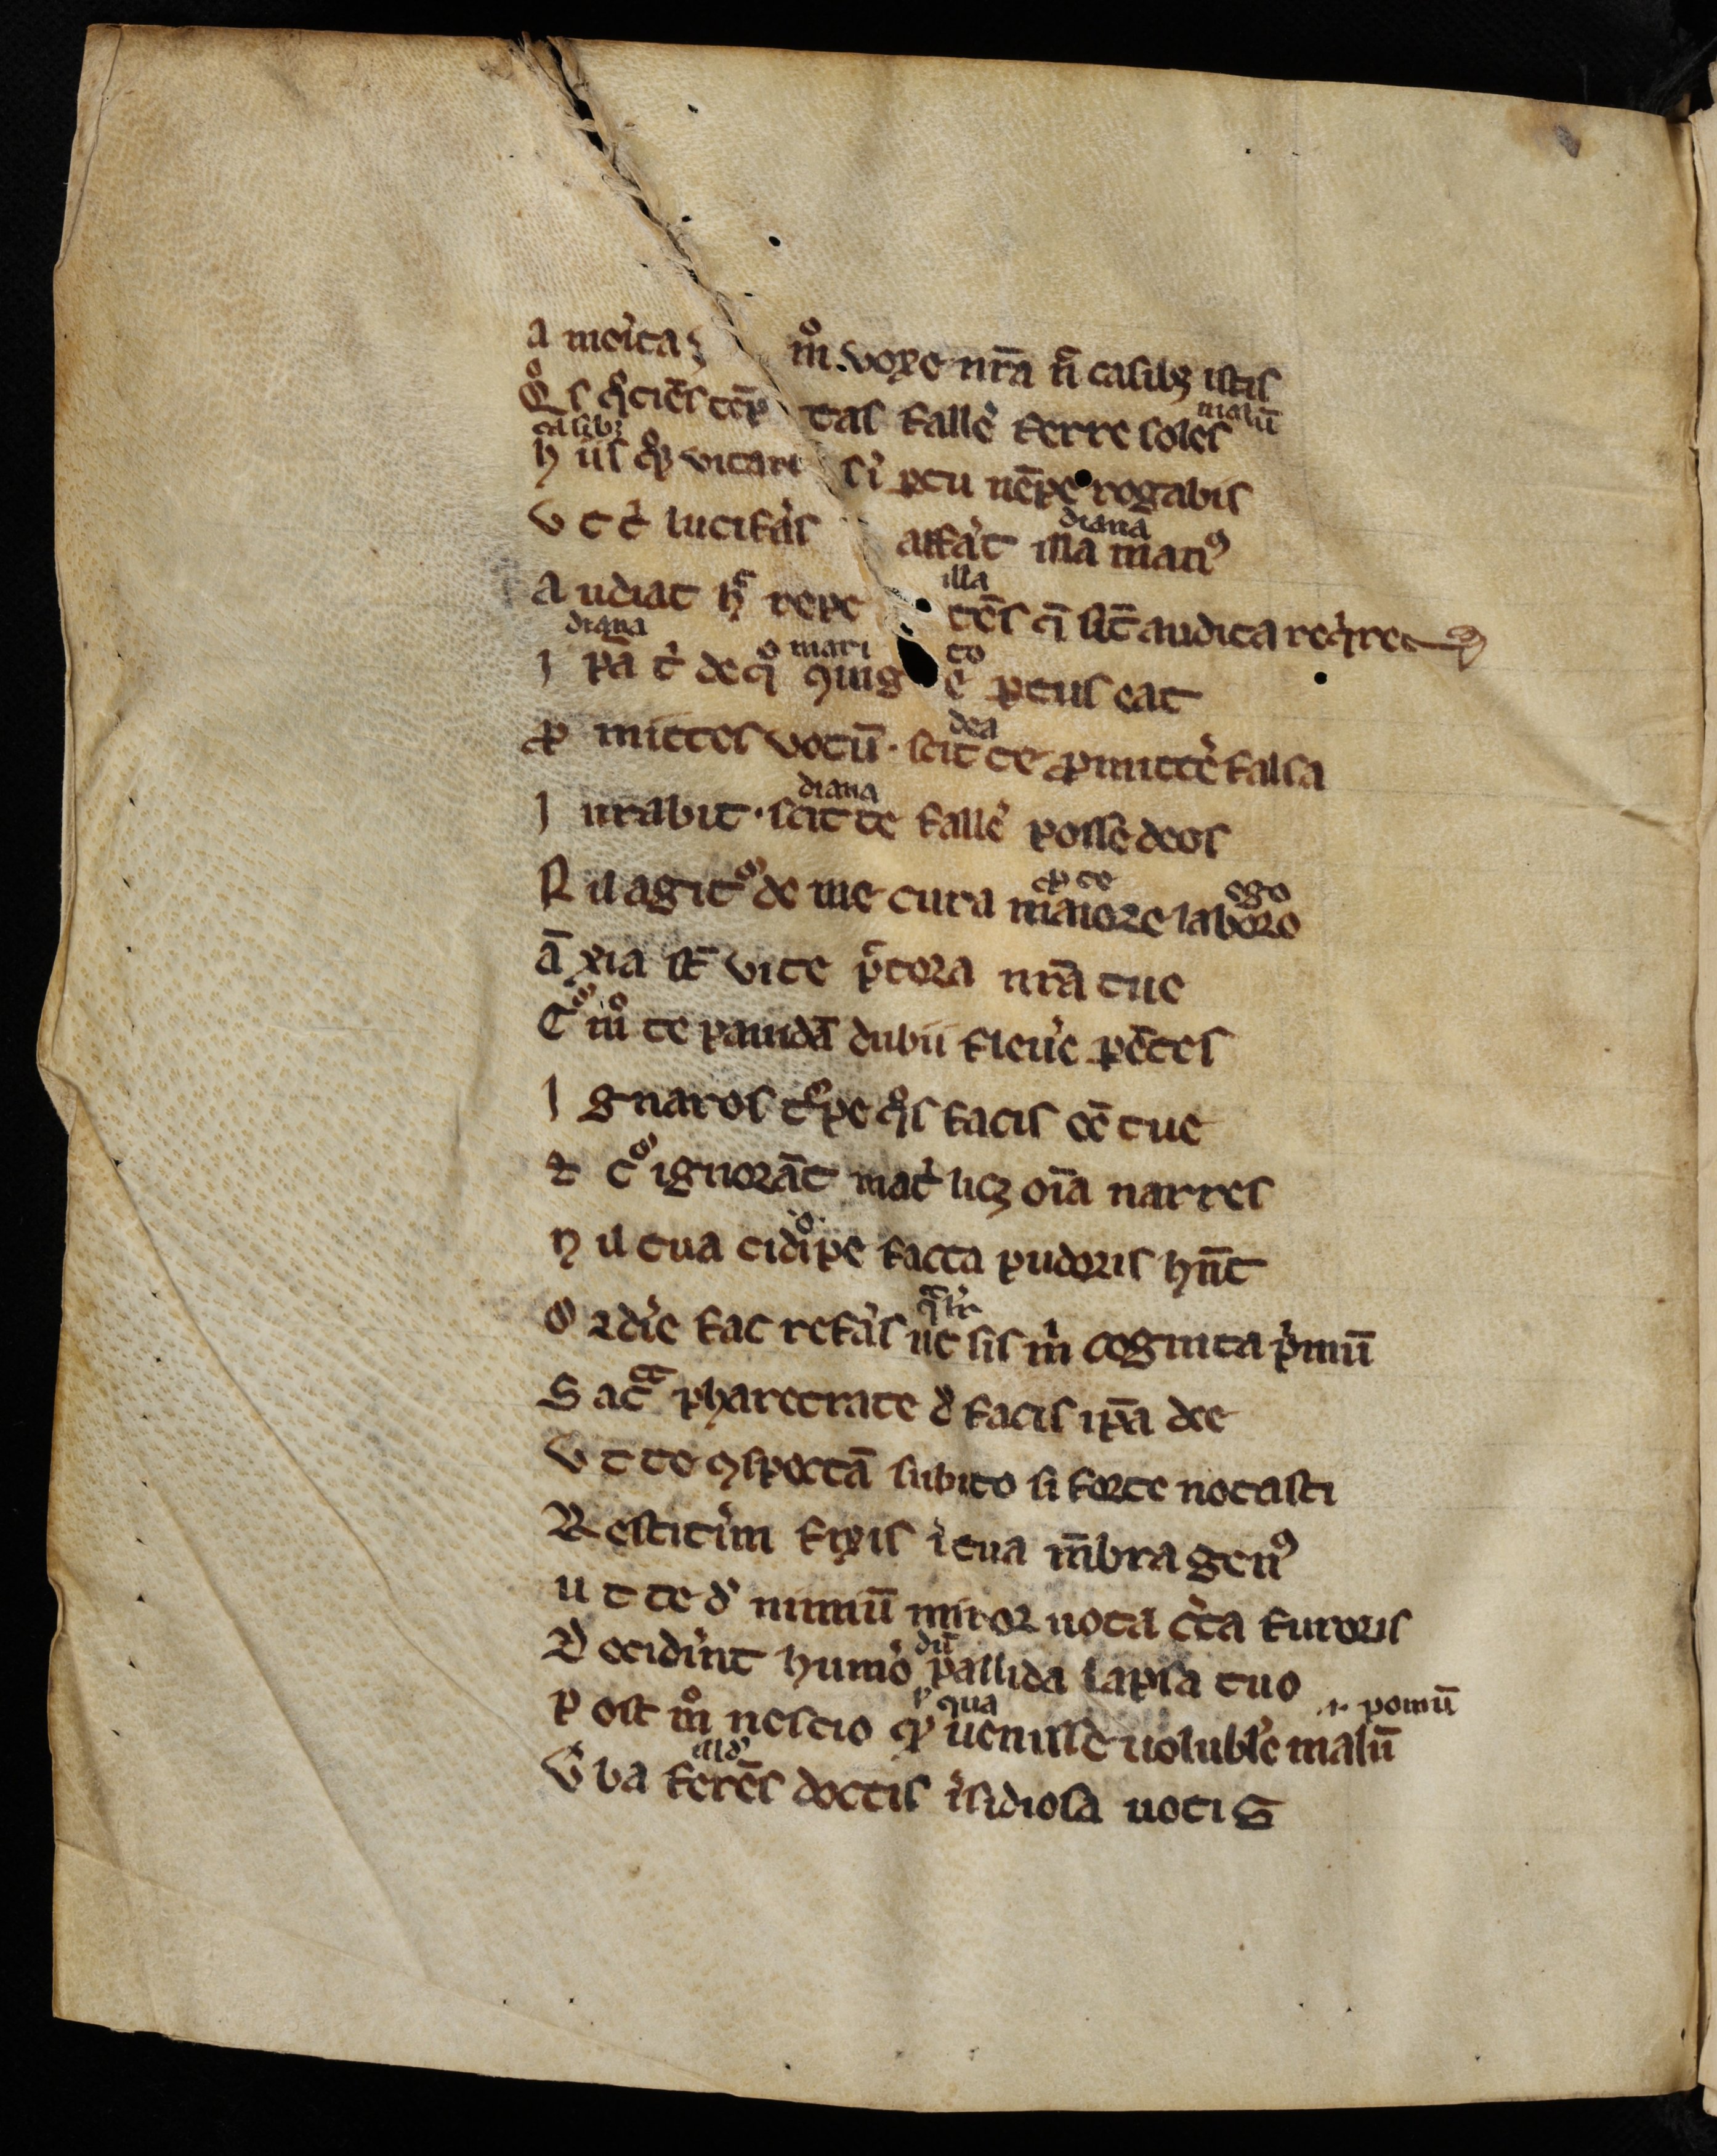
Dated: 1300–1399